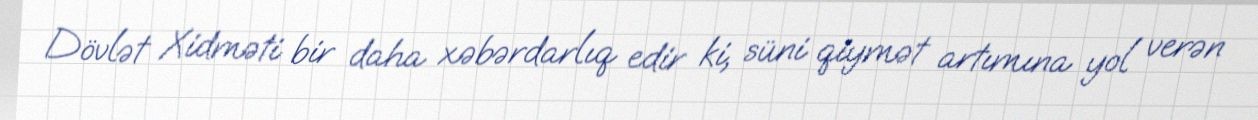
Dövlət Xidməti bir daha xəbərdarlıq edir ki, süni qiymət artımına yol verən